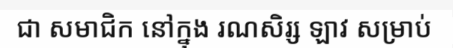
ជា សមាជិក នៅក្នុង រណសិរ្ស ឡាវ សម្រាប់